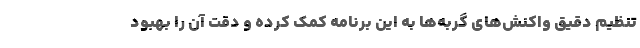
تنظیم دقیق واکنش‌های گربه‌ها به این برنامه کمک کرده و دقت آن را بهبود